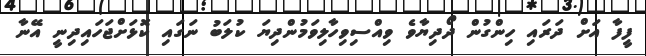
ފީފާ އަށް ދަރައި ހިންގުން ދޯދިޔާވެ ވިއްސިވިހާލިވަމުންދިޔަ ކުލަބު ނަގައި ކޮޅަށްޖަހައިދިނީ އޭނާ